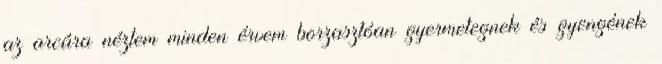
az arcára néztem minden érvem borzasztóan gyermetegnek és gyengének